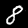
Digit: 8